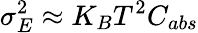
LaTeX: \sigma_{E}^{2}\approx K_{B}T^{2}C_{abs}